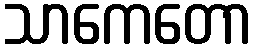
သာကေတော